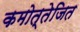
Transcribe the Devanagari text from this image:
कमोत्तेजित